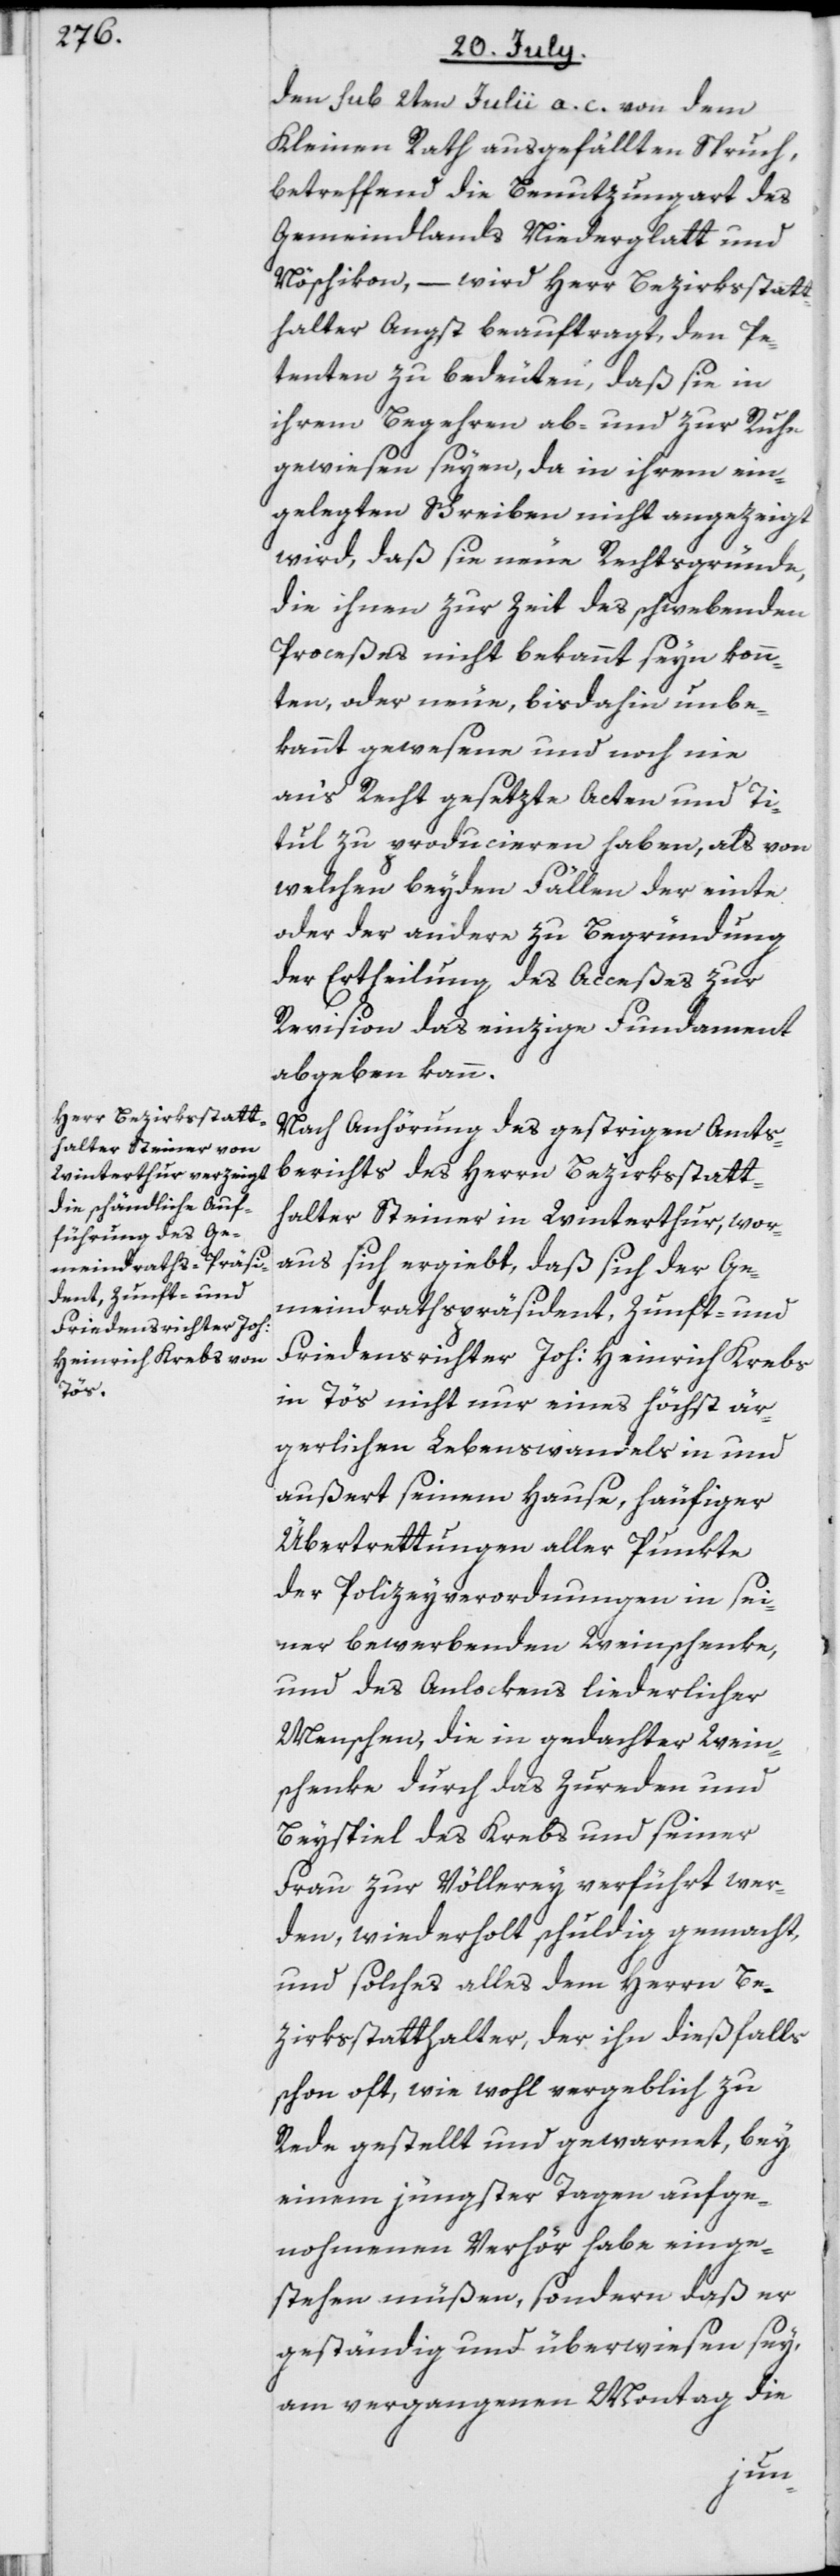
den sub 2ten Julii a. c. von dem
Kleinen Rath ausgefällten Spruch,
betreffend die Benutzung[s]art des
Gemeindlands Niederglatt und
Nöschikon, – wird Herr Bezirksstatt¬
halter Angst beauftragt, den Pe¬
tenten zu bedeuten, daß sie in
ihrem Begehren ab- und zur Ruhe
gewiesen seyen, da in ihrem ein¬
gelegten Schreiben nicht angezeigt
wird, daß sie neue Rechtsgründe,
die ihnen zur Zeit des schwebenden
Proceßes nicht bekannt seyn konn¬
ten, oder neue, bisdahin unbe¬
kannt gewesene und noch nie
an‘s Recht gesetzte Acten und Ti¬
tul zu producieren haben, als von
welchen beyden Fällen der einte
oder der andere zu Begründung
der Ertheilung des Acceßes zur
Revision das einzige Fundament
abgeben kann.
Nach Anhörung des gestrigen Amts¬
berichts des Herrn Bezirksstatt¬
halter Steiner in Winterthur, wor¬
aus sich ergiebt, daß sich der Ge¬
meindrathspräsident, Zunft- und
Friedensrichter Joh: Heinrich Krebs
in Tös[s] nicht nur eines höchst är¬
gerlichen Lebenswandels in und
außert seinem Hause, häufiger
Übertrettungen aller Punkte
der Polizeyverordnungen in sei¬
ner bewerbenden Weinschenke,
und des Anlockens liederlicher
Menschen, die in gedachter Wein¬
schenke durch das Zureden und
Beyspiel des Krebs und seiner
Frau zur Völlerey verführt wer¬
den, wiederholt schuldig gemacht,
und solches alles dem Herrn Be¬
zirksstatthalter, der ihn dießfalls
schon oft, wie wohl vergeblich zu
Rede gestellt und gewarnet, bey
einem jüngster Tagen aufge¬
nohmenen Verhör habe einge¬
stehen müßen, sondern daß er
geständig und überwiesen sey,
am vergangenen Montag die